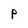
Character: P